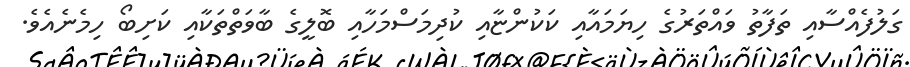
ގަލުފެއްސާއި ތަފާތު ވައްތަރުގެ ހިޔަމައާއި ކަކުންޏާއި ކުދިމަސްމަހާއި ބޮލީގެ ބާވަތްތަކާއި ކަށިބޯ ހިމެނެއެވެ.